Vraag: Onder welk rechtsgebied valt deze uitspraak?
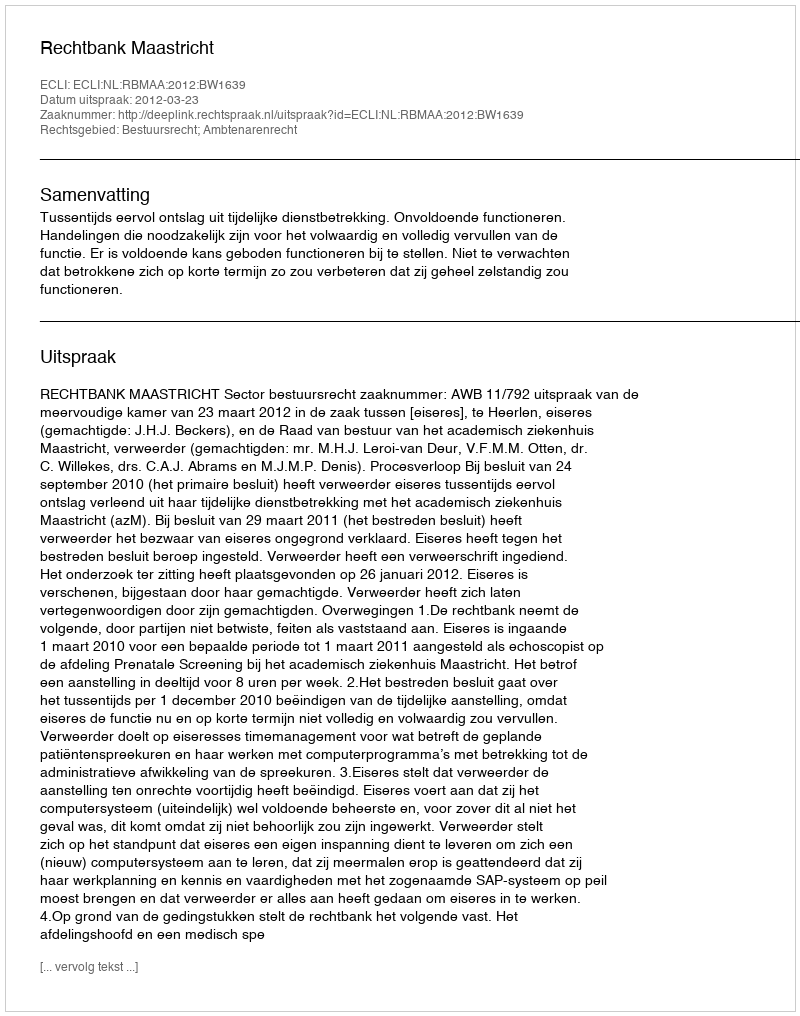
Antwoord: Bestuursrecht; Ambtenarenrecht